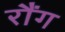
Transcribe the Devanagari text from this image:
रौंग